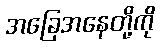
အခြေအနေတို့ကို